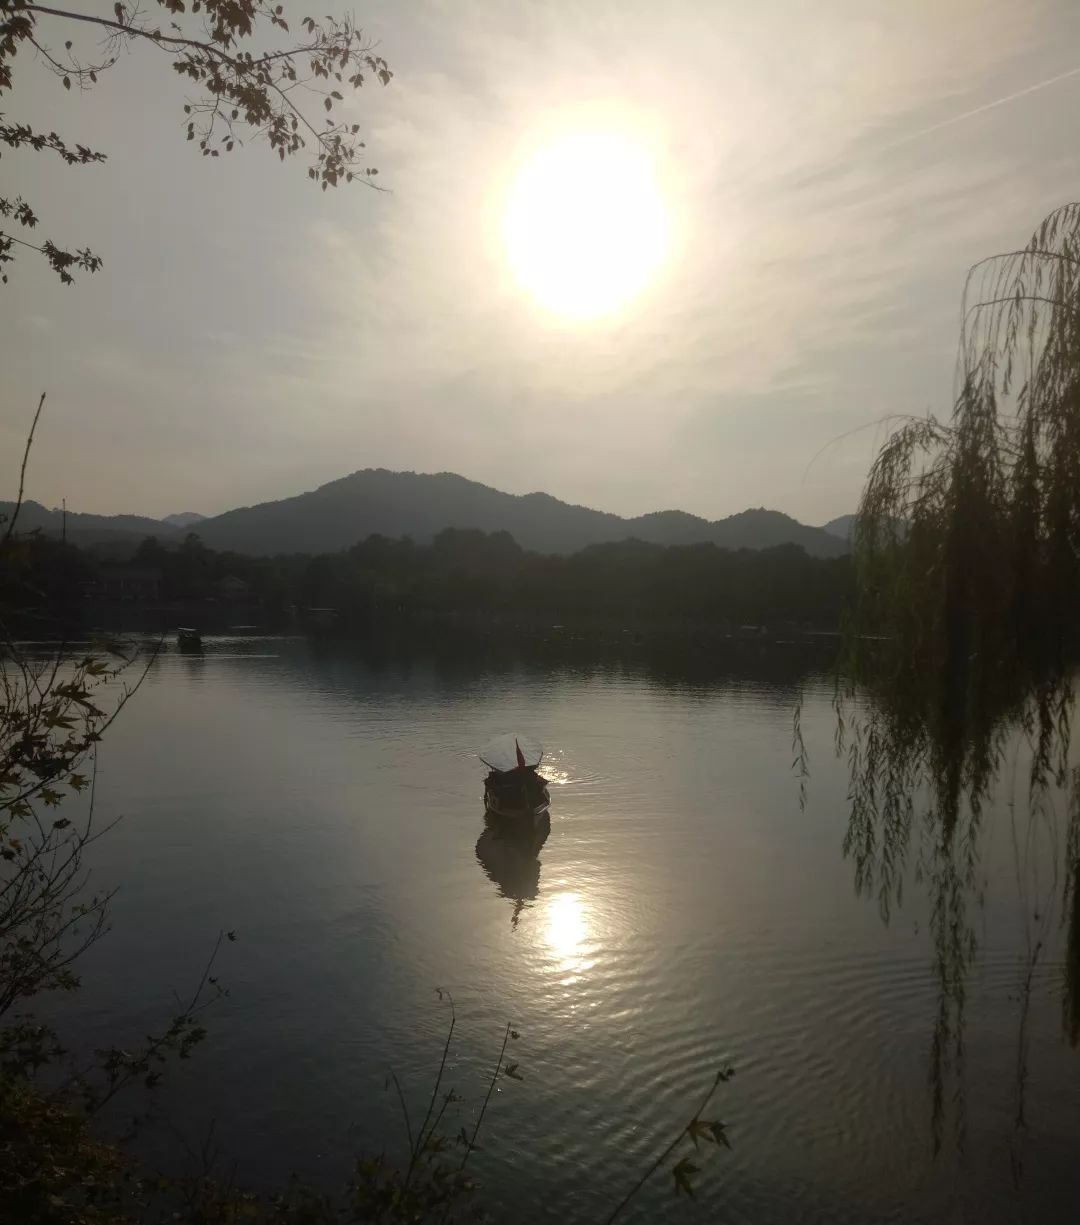
泛楼船兮济汾河，横中流兮扬素波。